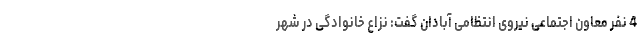
4 نفر معاون اجتماعی نیروی انتظامی آبادان گفت: نزاع خانوادگی در شهر